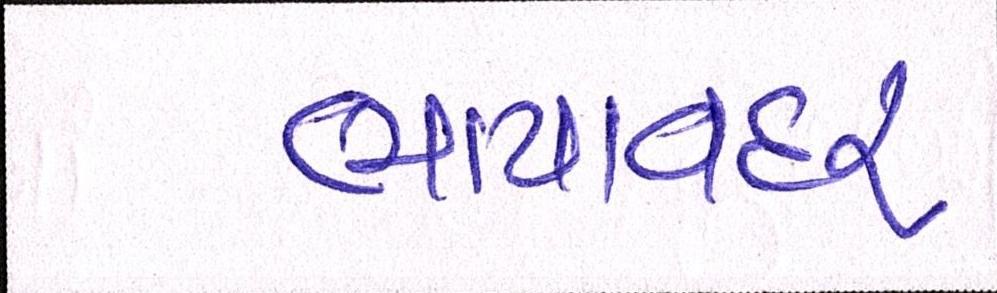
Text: ભાયાવદર